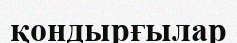
қондырғылар